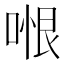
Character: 𭉆